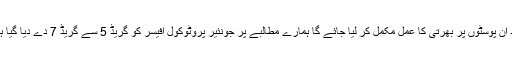
جلد ان پوسٹوں پر بھرتی کا عمل مکمل کر لیا جائے گا ہمارے مطالبے پر جونئیر پروٹوکول آفیسر کو گریڈ 5 سے گریڈ 7 دے دیا گیا ہے۔